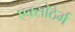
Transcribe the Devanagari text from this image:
एक्सोठेर्म